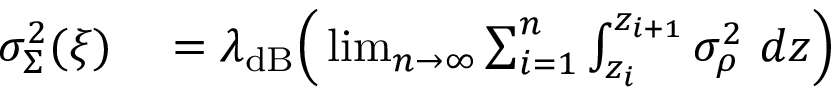
\begin{array} { r l } { \sigma _ { \Sigma } ^ { 2 } ( \boldsymbol { \xi } ) } & { { } = \lambda _ { \mathrm { d B } } \Big ( \operatorname* { l i m } _ { n \to \infty } \sum _ { i = 1 } ^ { n } \int _ { z _ { i } } ^ { z _ { i + 1 } } \sigma _ { \rho } ^ { 2 } \ d z \Big ) } \end{array}